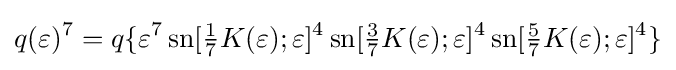
q(\varepsilon )^{7}=q\{\varepsilon ^{7}\operatorname {sn} [{\tfrac {1}{7}}K(\varepsilon );\varepsilon ]^{4}\operatorname {sn} [{\tfrac {3}{7}}K(\varepsilon );\varepsilon ]^{4}\operatorname {sn} [{\tfrac {5}{7}}K(\varepsilon );\varepsilon ]^{4}\}